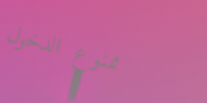
ممنوع الدخول